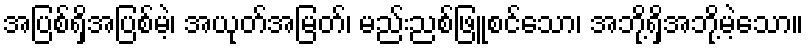
အပြစ်ရှိအပြစ်မဲ့၊ အယုတ်အမြတ်၊ မည်းညစ်ဖြူစင်သော၊ အဘို့ရှိအဘို့မဲ့သော။